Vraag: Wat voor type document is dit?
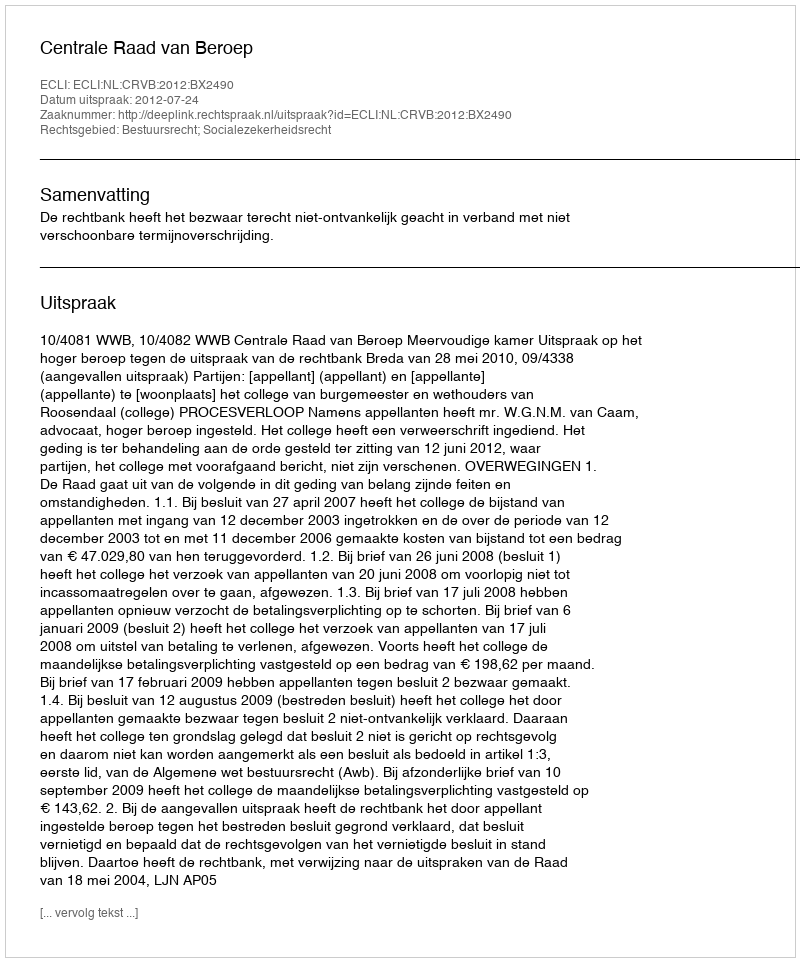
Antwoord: Uitspraak